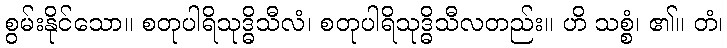
စွမ်းနိုင်သော။ စတုပါရိသုဒ္ဓိသီလံ၊ စတုပါရိသုဒ္ဓိသီလတည်း။ ဟိ သစ္စံ၊ ၏။ တံ၊